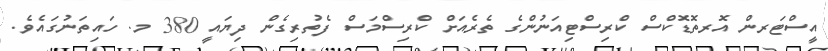
އީސްޓަރން އޮރތޮޑޮކްސް ކްރިސްޓިއަނުންގެ ތެރެއަށް ކްރިސްމަސް ފެތުރިގެން ދިޔައީ 380 މ. ހައިތަނުގައެވެ.